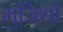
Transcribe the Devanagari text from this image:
भुजियो